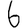
Digit: 6